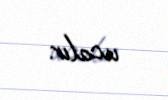
ucalır.